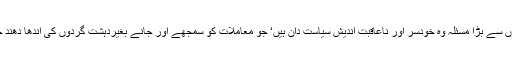
ہمارے ہاں دہشت گردوں سے بڑا مسئلہ وہ خودسر اور ناعاقبت اندیش سیاست دان ہیں‘ جو معاملات کو سمجھے اور جانے بغیردہشت گردوں کی اندھا دھند حمایت کرتے رہے ہیں۔